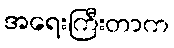
အရေးကြီးတာက